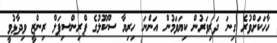
ހާހަކަށްވުރެ ގިނަ ދަރިވަރުން ކިޔަވަމުން އަންނަ ހިރިޔާ ސްކޫލުގެ ޕްރިންސިޕަލް ރިންޒީ ވިދާޅުވީ